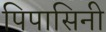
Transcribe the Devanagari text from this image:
पिपासिनी